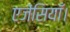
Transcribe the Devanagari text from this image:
एजेंसियाँ।